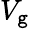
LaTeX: V_{\mathtt{g}}